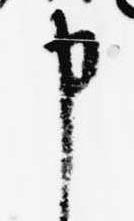
申